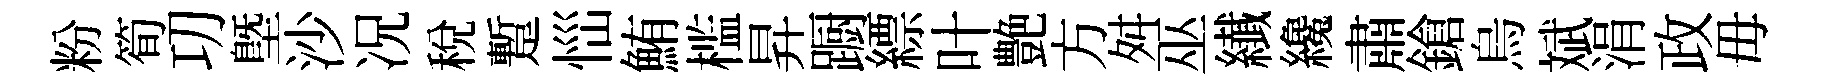
粉筍㓛塈沙况稅蹔𢙉鮪槛昇蹰縹叶艶方舛巫纎纔肅鎗烏斌涓政毋